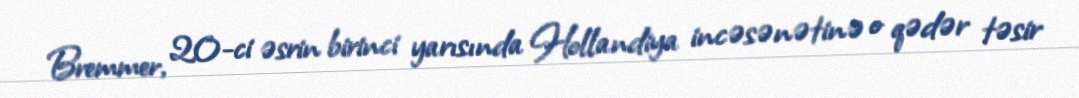
Bremmer, 20-ci əsrin birinci yarısında Hollandiya incəsənətinə o qədər təsir